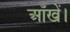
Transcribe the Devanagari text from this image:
आँखें।